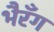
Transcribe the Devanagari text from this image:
भैरँग